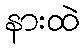
နားထဲ